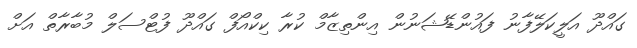
ގައްދޫ އަލީކަލޭފާނު ފައުންޑޭޝަނުން އިންތިޒާމް ކުރާ ކިކްއޯފް ގައްދޫ ފުޓްސަލް މުބާރާތް އަށް